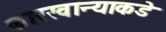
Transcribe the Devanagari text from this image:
कारखान्याकडे